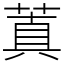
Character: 蒖